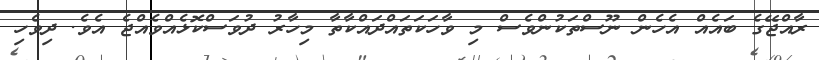
ރާއްޖޭގެ ބައެއް އެހެން ނޫސްތަކުންވެސް މި ވާހަކަތައްދައްކާތާ މިހާރު ދުވަސްކޮޅެއްވެއްޖެ އެވެ. ދިވެހި